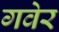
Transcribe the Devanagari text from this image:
गवेर